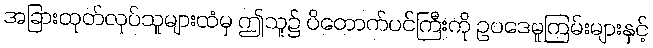
အခြားထုတ်လုပ်သူများထံမှ ဤသူ၌ ပိတောက်ပင်ကြီးကို ဥပဒေမူကြမ်းများနှင့်